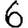
Digit: 6